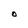
Character: O